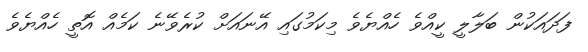
ފަދައަކުން ބަލާލީ ކީއްވެ ހެއްޔެވެ މިކަމުގައި އޭނައަށް ކުރެވޭނެ ކަމެއް އޮތީ ހެއްޔެވެ